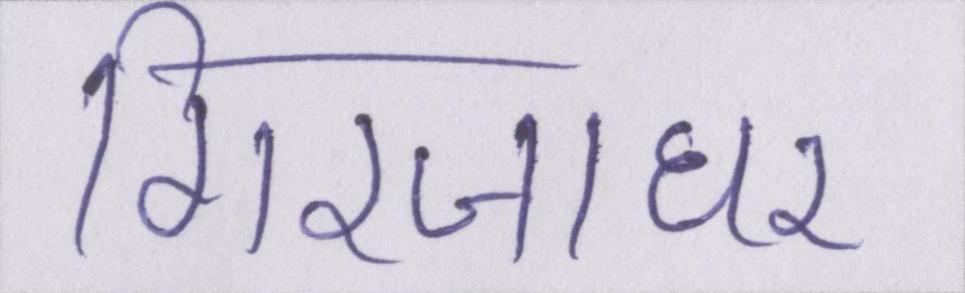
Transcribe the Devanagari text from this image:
गिरजाघर